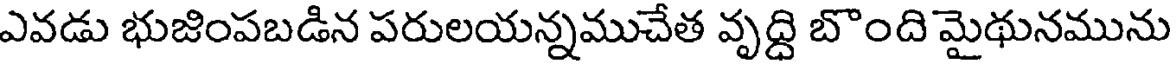
ఎవడు భుజింపబడిన పరులయన్నముచేత వృద్ది బొంది మైథునమును